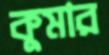
কুমার